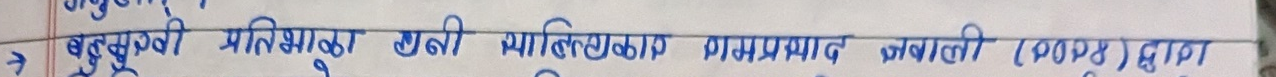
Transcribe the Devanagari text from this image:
बहुमुखी प्रतिभाका धनी साहित्यकार रामप्रसाद ज्ञवाली (२०१४) द्वारा